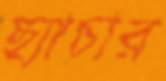
ছ্যাচার